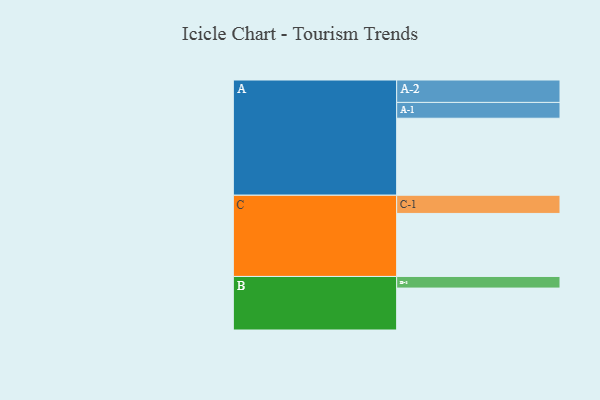
{"axis": {"x": "Segment", "y": "Value"}, "legend": ["", "A", "B", "C"], "data": [{"x": "A", "y": 584, "type": ""}, {"x": "B", "y": 318, "type": ""}, {"x": "C", "y": 478, "type": ""}, {"x": "A-1", "y": 120, "type": "A"}, {"x": "A-2", "y": 170, "type": "A"}, {"x": "B-1", "y": 88, "type": "B"}, {"x": "C-1", "y": 138, "type": "C"}]}